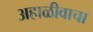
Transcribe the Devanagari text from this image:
अहाळीवाचा